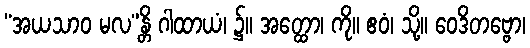
“အယသာဝ မလ”န္တိ ဂါထာယံ၊ ၌။ အတ္ထော၊ ကို။ ဧဝံ၊ သို့။ ဝေဒိတဗ္ဗော၊